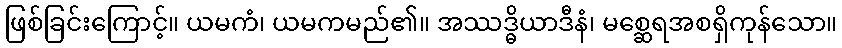
ဖြစ်ခြင်းကြောင့်။ ယမကံ၊ ယမကမည်၏။ အဿဒ္ဓိယာဒီနံ၊ မစ္ဆေရအစရှိကုန်သော။